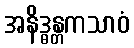
အနိဒ္ဓန္တကသာဝံ